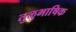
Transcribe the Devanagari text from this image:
तुळुभाषिक